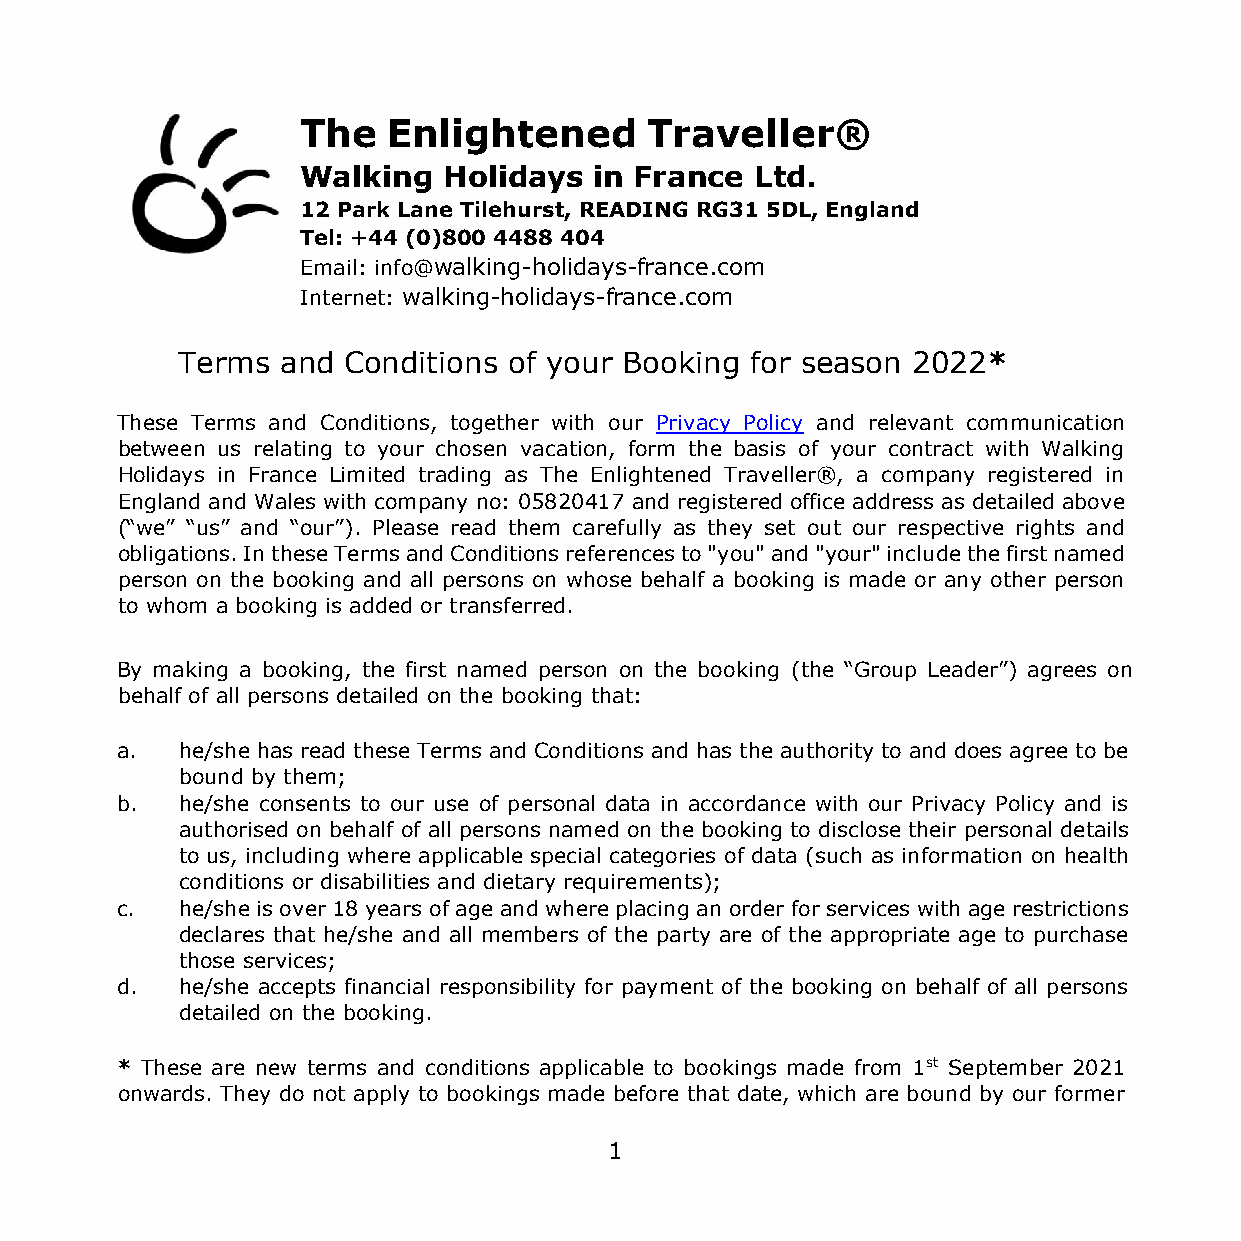
The   Enlightened      Traveller®
 Walking  Holidays  in France  Ltd.
 12 Park Lane Tilehurst, READING RG31 5DL, England
 Tel: +44 (0)800 4488 404
 Email: info@walking-holidays-france.com
 Internet: walking-holidays-france.com
 Terms  and Conditions of your Booking for season 2022*
 These Terms and Conditions, together with our Privacy Policy and relevant communication
 between us relating to your chosen vacation, form the basis of your contract with Walking
 Holidays in France Limited trading as The Enlightened Traveller®, a company registered in
 England and Wales with company no: 05820417 and registered office address as detailed above
 (“we” “us” and “our”). Please read them carefully as they set out our respective rights and
 obligations. In these Terms and Conditions references to "you" and "your" include the first named
 person on the booking and all persons on whose behalf a booking is made or any other person
 to whom a booking is added or transferred.
 By making a booking, the first named person on the booking (the “Group Leader”) agrees on
 behalf of all persons detailed on the booking that:
 a.  he/she has read these Terms and Conditions and has the authority to and does agree to be
 bound by them;
 b.  he/she consents to our use of personal data in accordance with our Privacy Policy and is
 authorised on behalf of all persons named on the booking to disclose their personal details
 to us, including where applicable special categories of data (such as information on health
 conditions or disabilities and dietary requirements);
 c.  he/she is over 18 years of age and where placing an order for services with age restrictions
 declares that he/she and all members of the party are of the appropriate age to purchase
 those services;
 d.  he/she accepts financial responsibility for payment of the booking on behalf of all persons
 detailed on the booking.
 * These are new terms and conditions applicable to bookings made from 1st September 2021
 onwards. They do not apply to bookings made before that date, which are bound by our former
 1